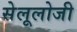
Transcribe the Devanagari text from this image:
सेलूलोजी